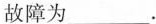
故障为___.